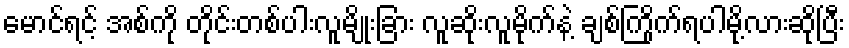
မောင်ရင့် အစ်ကို တိုင်းတစ်ပါးလူမျိုးခြား လူဆိုးလူမိုက်နဲ့ ချစ်ကြိုက်ရပါမို့လားဆိုပြီး